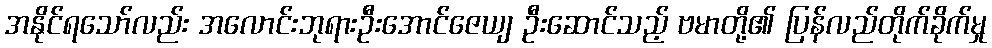
အနိုင်ရသော်လည်း အလောင်းဘုရားဦးအောင်ဇေယျ ဦးဆောင်သည့် ဗမာတို့၏ ပြန်လည်တိုက်ခိုက်မှု